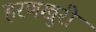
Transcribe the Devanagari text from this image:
हरणखुरी